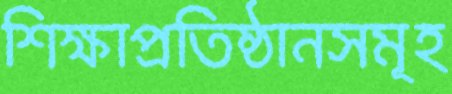
শিক্ষাপ্রতিষ্ঠানসমূহ